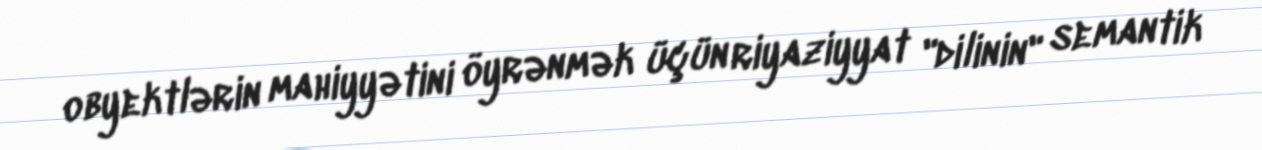
obyektlərin mahiyyətini öyrənmək üçün riyaziyyat "dilinin" semantik